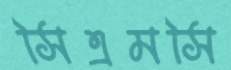
সিএমসি